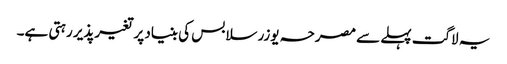
یہ لاگت پہلے سے مصرحہ یوزر سلابس کی بنیاد پر تغیرپذیر رہتی ہے۔